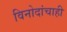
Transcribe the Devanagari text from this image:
विनोदांचाही